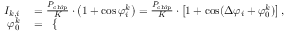
\begin{array} { r l } { I _ { k , i } } & { { } = \frac { P _ { \mathrm { c h i p } } } { K } \cdot \left( 1 + \cos \varphi _ { i } ^ { k } \right) = \frac { P _ { \mathrm { c h i p } } } { K } \cdot \left[ 1 + \cos ( \Delta \varphi _ { i } + \varphi _ { 0 } ^ { k } ) \right] , } \\ { \varphi _ { 0 } ^ { k } } & { { } = \begin{array} { r } { \left\{ \begin{array} { r l r } \end{array} \right. } \end{array} } \end{array}